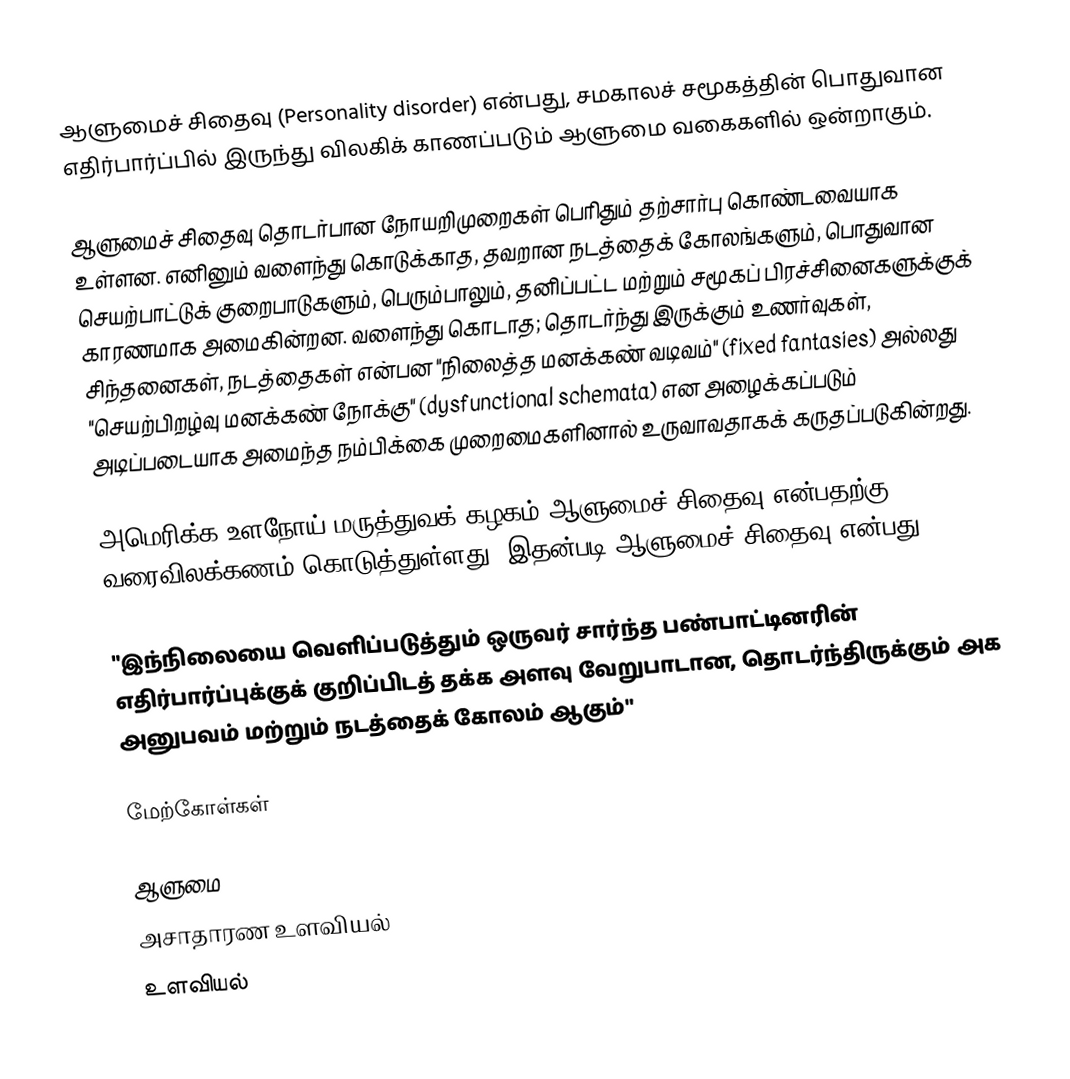
ஆளுமைச் சிதைவு (Personality disorder) என்பது, சமகாலச் சமூகத்தின் பொதுவான எதிர்பார்ப்பில் இருந்து விலகிக் காணப்படும் ஆளுமை வகைகளில் ஒன்றாகும்.

ஆளுமைச் சிதைவு தொடர்பான நோயறிமுறைகள் பெரிதும் தற்சார்பு கொண்டவையாக உள்ளன. எனினும் வளைந்து கொடுக்காத, தவறான நடத்தைக் கோலங்களும், பொதுவான செயற்பாட்டுக் குறைபாடுகளும், பெரும்பாலும், தனிப்பட்ட மற்றும் சமூகப் பிரச்சினைகளுக்குக் காரணமாக அமைகின்றன. வளைந்து கொடாத; தொடர்ந்து இருக்கும் உணர்வுகள், சிந்தனைகள், நடத்தைகள் என்பன "நிலைத்த மனக்கண் வடிவம்" (fixed fantasies) அல்லது "செயற்பிறழ்வு மனக்கண் நோக்கு" (dysfunctional schemata) என அழைக்கப்படும் அடிப்படையாக அமைந்த நம்பிக்கை முறைமைகளினால் உருவாவதாகக் கருதப்படுகின்றது.

அமெரிக்க உளநோய் மருத்துவக் கழகம் ஆளுமைச் சிதைவு என்பதற்கு வரைவிலக்கணம் கொடுத்துள்ளது. இதன்படி ஆளுமைச் சிதைவு என்பது,

 "இந்நிலையை வெளிப்படுத்தும் ஒருவர் சார்ந்த பண்பாட்டினரின் எதிர்பார்ப்புக்குக் குறிப்பிடத் தக்க அளவு வேறுபாடான, தொடர்ந்திருக்கும் அக அனுபவம் மற்றும் நடத்தைக் கோலம் ஆகும்"

மேற்கோள்கள்

ஆளுமை
அசாதாரண உளவியல்
உளவியல்